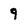
Character: 9